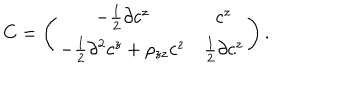
C = \left( \begin{array} { c c } { { - \frac { 1 } { 2 } \partial c ^ { z } } } & { { c ^ { z } } } \\ { { - \frac { 1 } { 2 } \partial ^ { 2 } c ^ { z } + \rho _ { z z } c ^ { z } } } & { { \frac { 1 } { 2 } \partial c ^ { z } } } \\ \end{array} \right) .